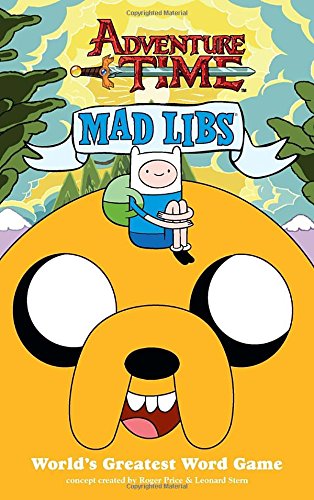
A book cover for Adventure Time Mad Libs; Children's Books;